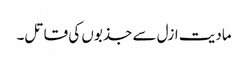
مادیت ازل سے جذبوں کی قاتل۔